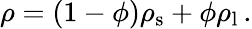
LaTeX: \rho=\left(1-\phi\right)\rho_{\mathrm{s}}+\phi\rho_{\mathrm{l}}\, .